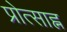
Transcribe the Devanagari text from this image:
प्रोत्साह्न